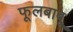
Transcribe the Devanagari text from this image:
फूलबाबू